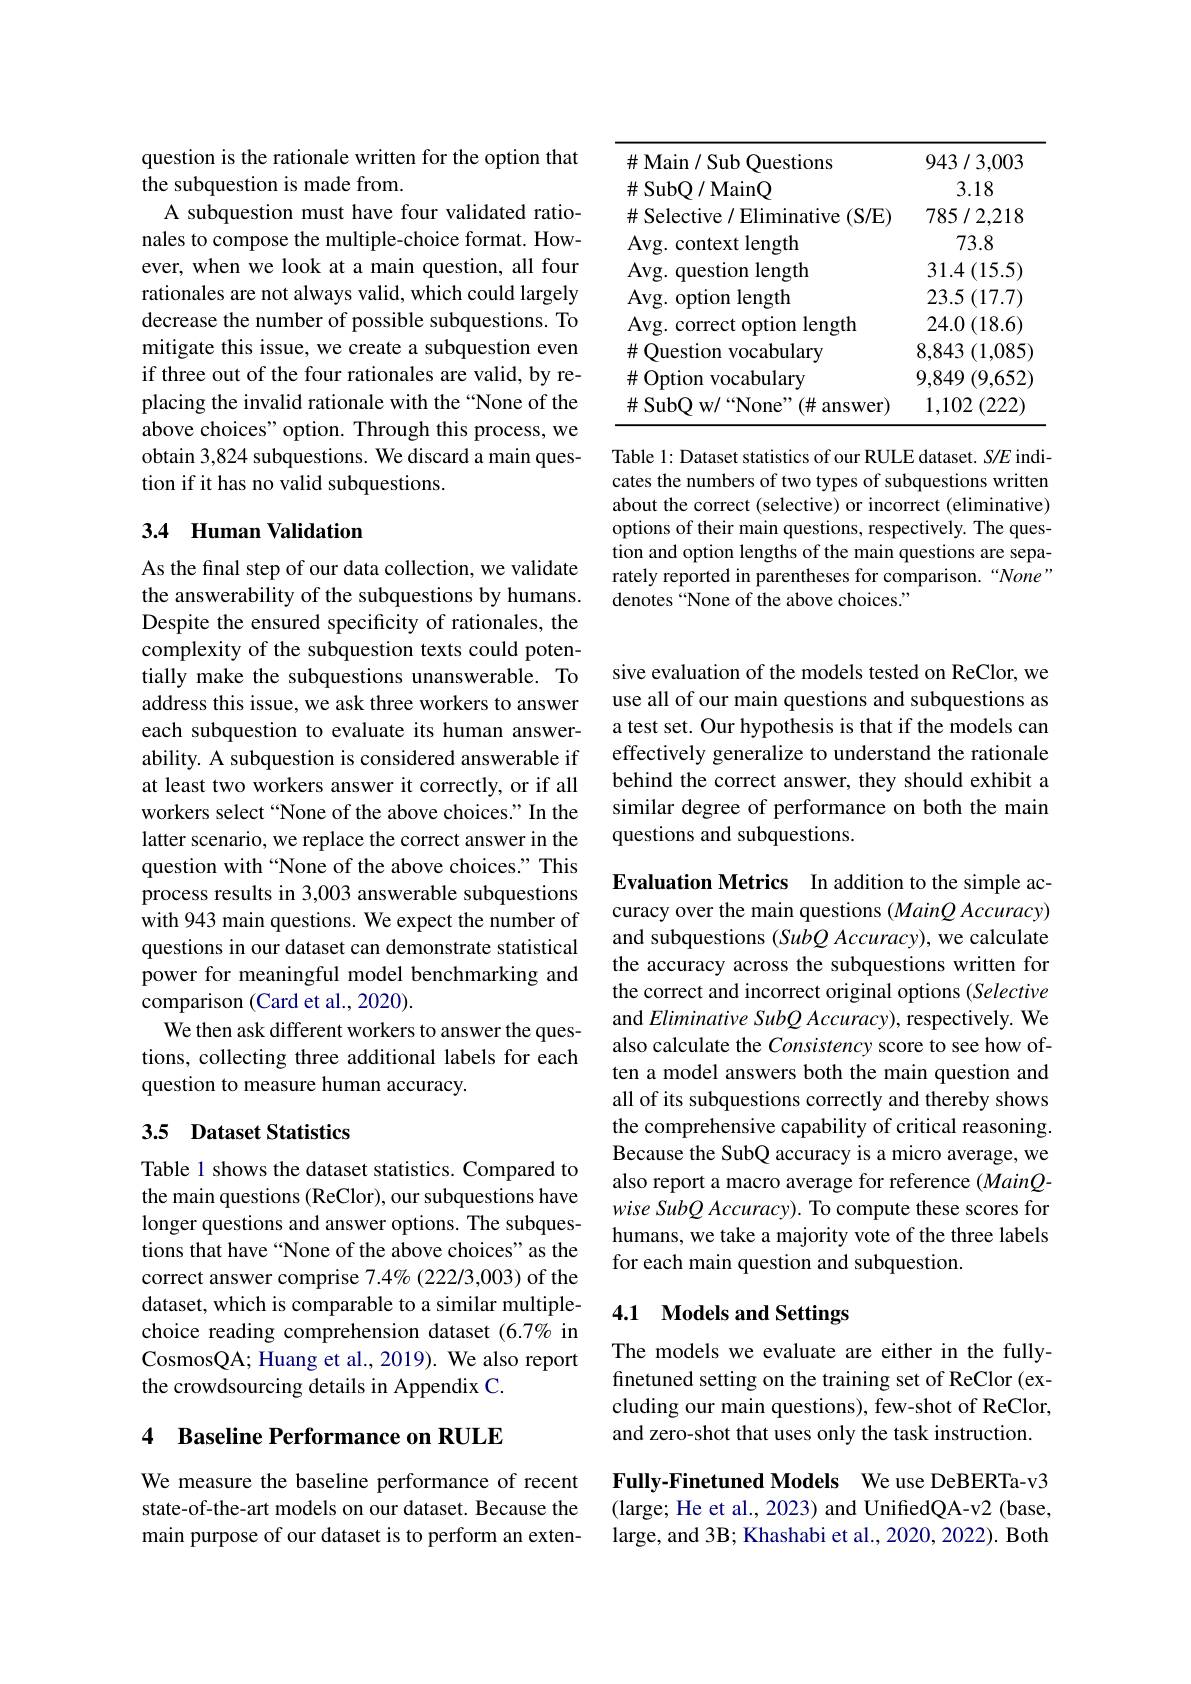
<table>
	<tbody>
		<tr>
			<td>Avg. question length</td>
			<td>$31.4\left(15.5\right)$</td>
		</tr>
		<tr>
			<td>Avg. option length</td>
			<td>$23.5\left(17.7\right)$</td>
		</tr>
		<tr>
			<td>Avg. correct option length</td>
			<td>$24.0\left(18.6\right)$</td>
		</tr>
		<tr>
			<td>$\#$ Question vocabulary</td>
			<td>8,843 (1,085) 1</td>
		</tr>
		<tr>
			<td>$\#$ Option vocabulary</td>
			<td>9,849 (9,652)</td>
		</tr>
		<tr>
			<td>$\#$ SubQ w/“None”(#answer)</td>
			<td>2 (222) 1,102</td>
		</tr>
	</tbody>
</table>

Table 1: Dataset statistics of our RULE dataset. S/E indicates the numbers of two types of subquestions written about the correct (selective) or incorrect (eliminative) options of their main questions, respectively. The question and option lengths of the main questions are separately reported in parentheses for comparison.“None” denotes “None of the above choices."

question is the rationale written for the option that
the subquestion is made from.
A subquestion must have four validated rationales to compose the multiple-choice format. However, when we look at a main question, all four rationales are not always valid, which could largely decrease the number of possible subquestions. To mitigate this issue, we create a subquestion even if three out of the four rationales are valid, by replacing the invalid rationale with the “None of the above choices" option. Through this process, we obtain 3,824 subquestions. We discard a main question if it has no valid subquestions.

## 3.4 Human Validation

As the final step of our data collection, we validate the answerability of the subquestions by humans. Despite the ensured specificity of rationales, the complexity of the subquestion texts could potentially make the subquestions unanswerable. To address this issue, we ask three workers to answer each subquestion to evaluate its human answerability. A subquestion is considered answerable if at least two workers answer it correctly, or if all workers select “None of the above choices." In the latter scenario, we replace the correct answer in the question with “None of the above choices." This process results in 3,003 answerable subquestions with 943 main questions. We expect the number of questions in our dataset can demonstrate statistical power for meaningful model benchmarking and comparison (Card et al., 2020).
We then ask different workers to answer the questions, collecting three additional labels for each question to measure human accuracy.

## 3.5 Dataset Statistics

Table 1 shows the dataset statistics. Compared to the main questions (ReClor), our subquestions have longer questions and answer options. The subquestions that have “None of the above choices" as the correct answer comprise 7.4% (2222/3,003) of the dataset, which is comparable to a similar multiplechoice reading comprehension dataset (6.7% in CosmosQA; Huang et al., 2019). We also report the crowdsourcing details in Appendix C.

4 Baseline Performance on RULE

We measure the baseline performance of recent state-of-the-art models on our dataset. Because the main purpose of our dataset is to perform an exten-

sive evaluation of the models tested on ReClor, we use all of our main questions and subquestions as a test set. Our hypothesis is that if the models can effectively generalize to understand the rationale behind the correct answer, they should exhibit a similar degree of performance on both the main questions and subquestions.

Evaluation Metrics In addition to the simple accuracy over the main questions $(MainQ$ Accuracy) and subquestions (SubQ Accuracy), we calculate the accuracy across the subquestions written for the correct and incorrect original options (Selective and Eliminative SubQ Accuracy), respectively. We also calculate the Consistency score to see how often a model answers both the main question and all of its subquestions correctly and thereby shows the comprehensive capability of critical reasoning. Because the SubQ accuracy is a micro average, we also report a macro average for reference (MainQwise SubQ Accuracy). To compute these scores for humans, we take a majority vote of the three labels for each main question and subquestion.

# 4.1 Models and Settings

The models we evaluate are either in the fullyfinetuned setting on the training set of ReClor (excluding our main questions), few-shot of ReClor, and zero-shot that uses only the task instruction.

Fully-Finetuned Models We use DeBERTa-v3 (large; He et al., 2023) and UnifiedQA-v2 (base, large, and 3B; Khashabi et al., 2020, 2022). Both